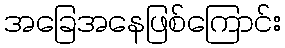
အခြေအနေဖြစ်ကြောင်း